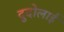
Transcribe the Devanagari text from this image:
दुदोलाई